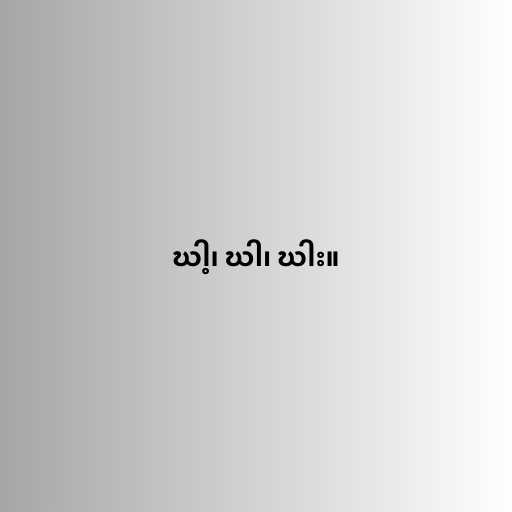
ဃါ့၊ ဃါ၊ ဃါး။